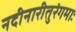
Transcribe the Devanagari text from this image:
नदीनारीतुरंगमाः